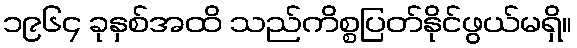
၁၉၆၄ ခုနှစ်အထိ သည်ကိစ္စပြတ်နိုင်ဖွယ်မရှိ။